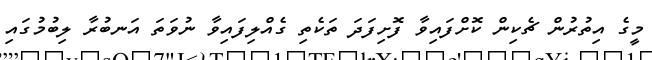
މީގެ އިތުރުން ޗެކިން ކޮށްފައިވާ ފޮށިފަދަ ތަކެތި ގެއްލިފައިވާ ނުވަތަ އަނބުރާ ލިބުމުގައި